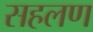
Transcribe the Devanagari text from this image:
सहलण